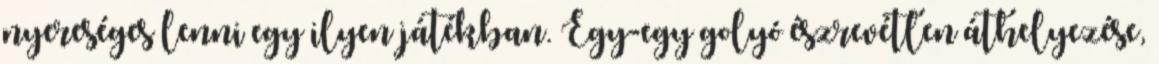
nyereséges lenni egy ilyen játékban. Egy-egy golyó észrevétlen áthelyezése,